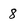
Character: 8